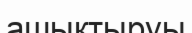
ашықтыруы